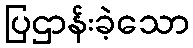
ပြဌာန်းခဲ့သော